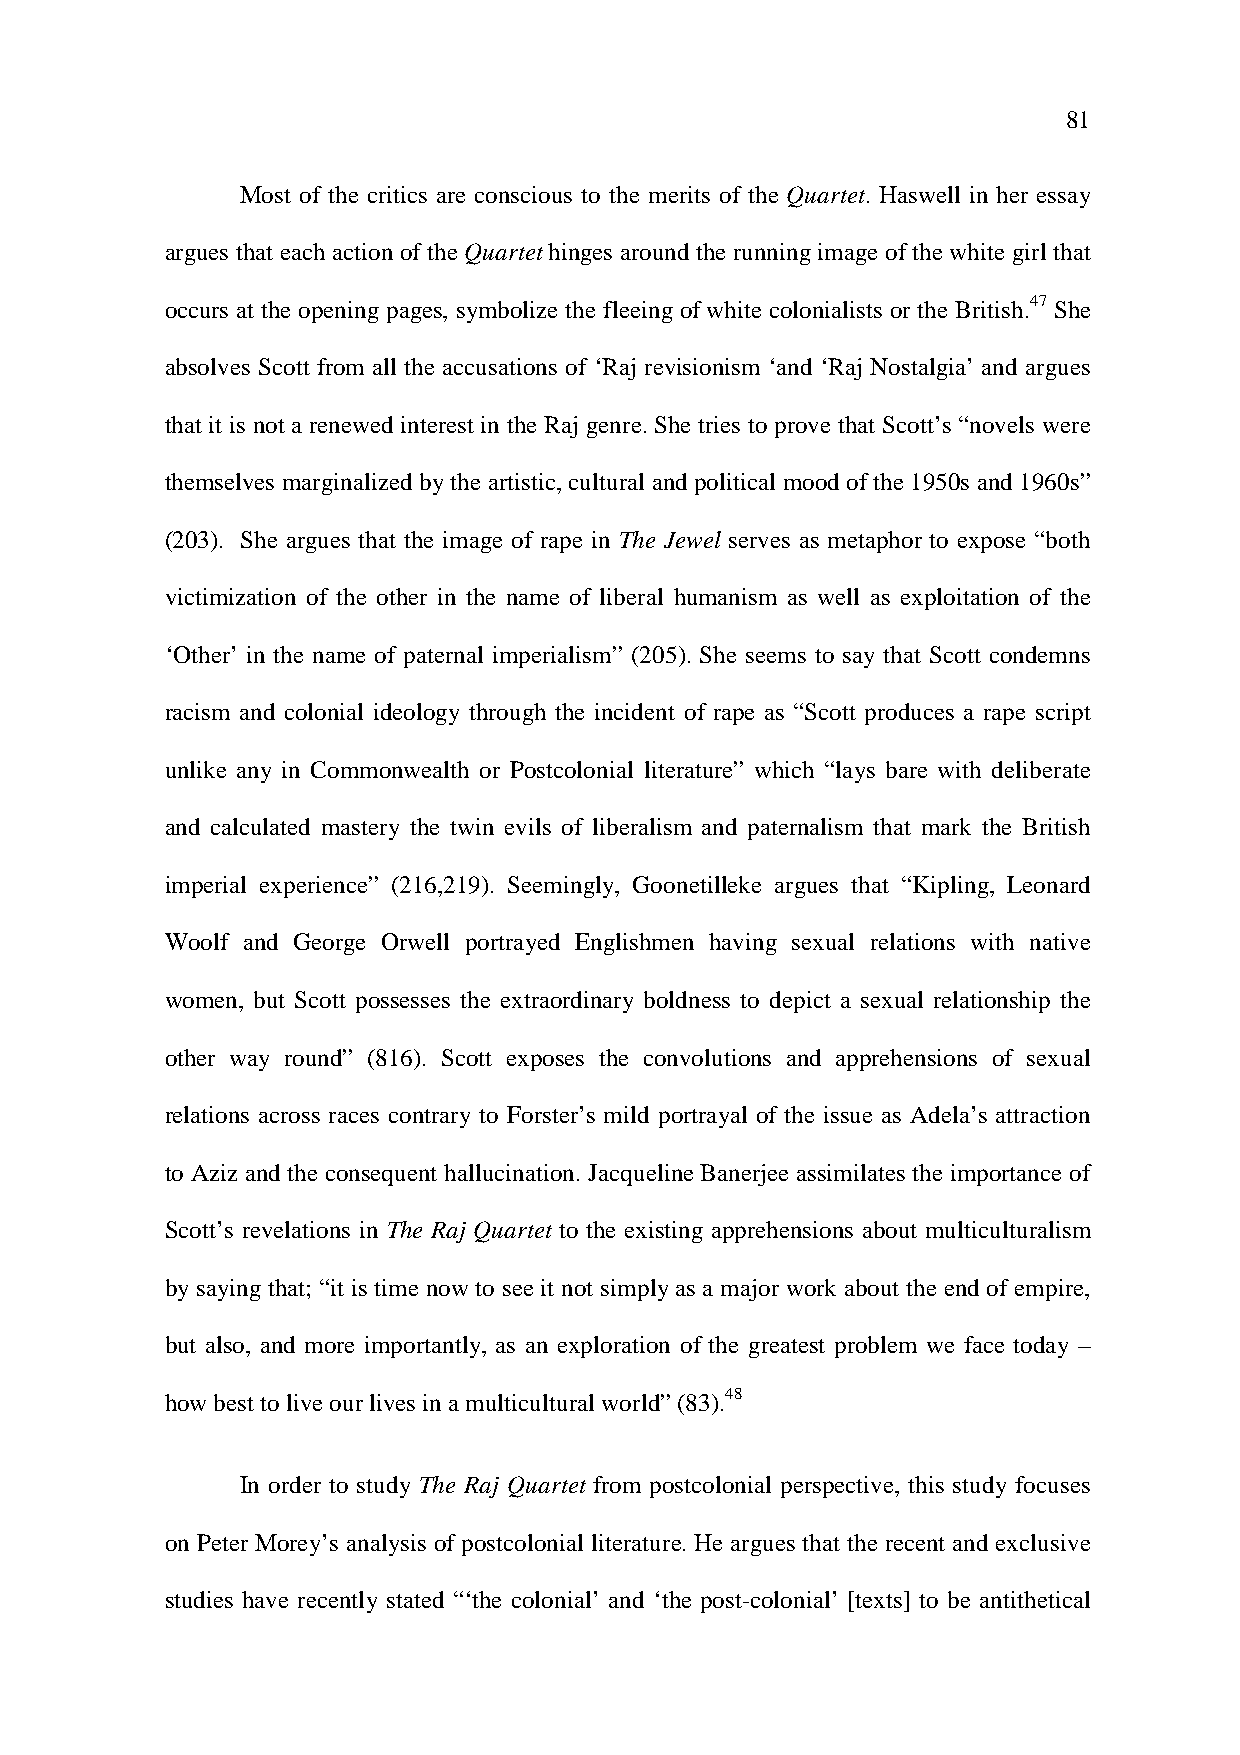
81
 Most of the critics are conscious to the merits of the Quartet. Haswell in her essay
 argues that each action of the Quartet hinges around the running image of the white girl that
 occurs at the opening pages, symbolize the fleeing of white colonialists or the British.47 She
 absolves Scott from all the accusations of ‘Raj revisionism ‘and ‘Raj Nostalgia’ and argues
 that it is not a renewed interest in the Raj genre. She tries to prove that Scott’s “novels were
 themselves marginalized by the artistic, cultural and political mood of the 1950s and 1960s”
 (203). She argues that the image of rape in The Jewel serves as metaphor to expose “both
 victimization of the other in the name of liberal humanism as well as exploitation of the
 ‘Other’ in the name of paternal imperialism” (205). She seems to say that Scott condemns
 racism and colonial ideology through the incident of rape as “Scott produces a rape script
 unlike any in Commonwealth or Postcolonial literature” which “lays bare with deliberate
 and calculated mastery the twin evils of liberalism and paternalism that mark the British
 imperial experience” (216,219). Seemingly, Goonetilleke argues that “Kipling, Leonard
 Woolf and George Orwell portrayed Englishmen having sexual relations with native
 women, but Scott possesses the extraordinary boldness to depict a sexual relationship the
 other way round” (816). Scott exposes the convolutions and apprehensions of sexual
 relations across races contrary to Forster’s mild portrayal of the issue as Adela’s attraction
 to Aziz and the consequent hallucination. Jacqueline Banerjee assimilates the importance of
 Scott’s revelations in The Raj Quartet to the existing apprehensions about multiculturalism
 by saying that; “it is time now to see it not simply as a major work about the end of empire,
 but also, and more importantly, as an exploration of the greatest problem we face today –
 how best to live our lives in a multicultural world” (83).48
 In order to study The Raj Quartet from postcolonial perspective, this study focuses
 on Peter Morey’s analysis of postcolonial literature. He argues that the recent and exclusive
 studies have recently stated “‘the colonial’ and ‘the post-colonial’ [texts] to be antithetical